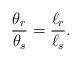
\begin{align*} \frac{\theta_r}{\theta_s} = \frac{\ell_r}{\ell_s}.\end{align*}